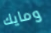
ومايك